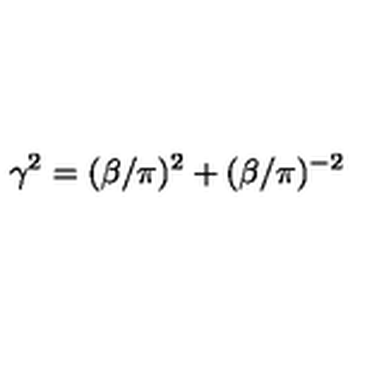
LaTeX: \gamma ^ { 2 } = ( \beta / \pi ) ^ { 2 } + ( \beta / \pi ) ^ { - 2 }